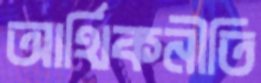
আর্থিকনীতি